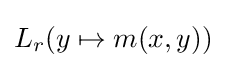
L_{r}(y\mapsto m(x,y))